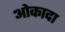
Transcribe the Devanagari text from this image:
ओकादा